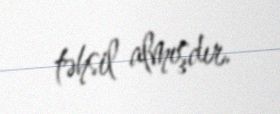
təhsil almışdır.